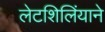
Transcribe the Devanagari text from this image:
लेटशिलिंयाने